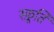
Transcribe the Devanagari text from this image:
स्फ़ूर्ति